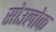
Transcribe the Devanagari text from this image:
सोउलोक